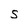
Character: S